Sanitation, dispensaries and jails vaccination Rajputana 1922-1927 - 1922-1927
Year: 1922
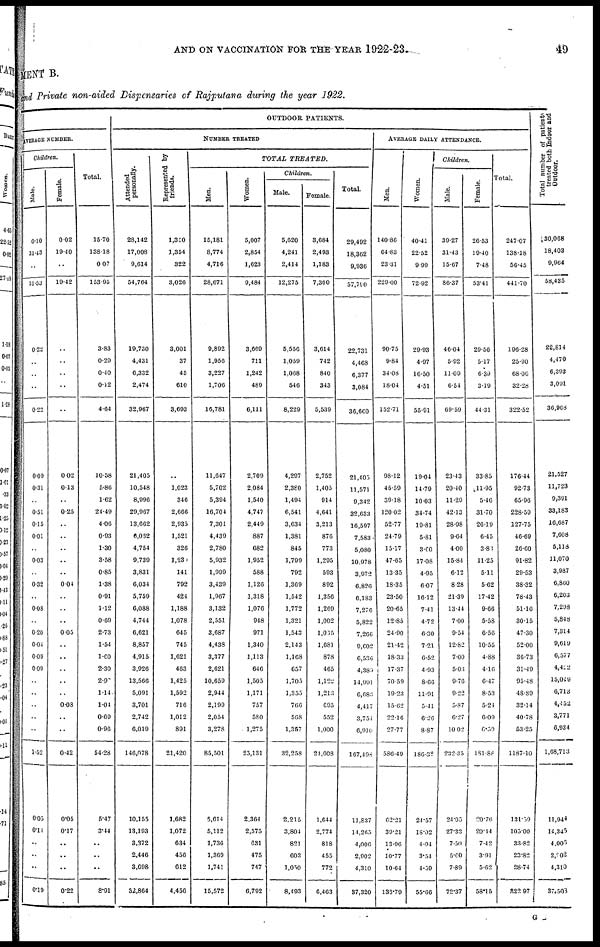
AND ON VACCINATION FOR THE YEAR 1922-23.
49
MENT B.
and Private non-aided Dispensaries of Rajputana during the year 1922.
OUTDOOR PATIENTS.
AVERAGE NUMBER.
Children.
Male.
0.10
31.43
..
31.53
0.22
..
..
..
0.22
0.09
0.31
..
0.51
0.15
0.01
..
0.03
..
0.32
..
0.08
..
0.20
0.04
0.09
0.09
..
..
..
..
..
1.52
0.05
0.11
..
..
..
0.19
Female.
0.02
19.40
..
19.42
..
..
..
..
..
0.02
0.13
..
0.25
..
..
..
..
..
0.04
..
..
..
0.05
..
..
..
..
..
0.03
..
..
0.42
0.05
0.17
..
..
..
0.22
Total.
15.70
138.18
0.07
153.95
3.83
0.29
0.40
0.12
4.04
10.58
5.86
1.62
24.49
4.06
0.93
1.30
3.58
0.85
1.38
0.91
1.12
0.09
2.73
1.54
1.60
2.30
2.90
1.14
1.04
0.69
0.96
54.28
5.47
3.44
..
..
..
8.91
NUMBER TREATED
Attended
personally.
28,142
17,008
9,614
54,764
19,730
4,431
6,332
2,474
32,967
21,405
10,548
8,996
29,967
13,662
6,062
4,754
9,739
3,831
6,034
5,759
6,088
4,744
6,621
8,857
4,915
3,926
13,566
5,091
3,701
2,742
6,019
146,078
10,155
13,193
3,372
2,446
3,698
32,864
Represented by
friends.
l,350
1,354
322
3,026
3,001
37
45
610
3,693
..
1,023
346
2,666
2,935
1,521
326
1,230
141
792
424
1,188
1,078
645
745
1,621
463
1,425
1,592
716
1,012
891
21,420
1,682
1,072
634
456
612
4,456
TOTAL
TREATED.
Men.
15,181
8,774
4,716
28,671
9,892
1,956
3,227
1,706
16,781
11,647
5,702
5,394
16,704
7,301
4,439
2,780
5,932
1,999
3,439
1,967
3,132
2,551
3,687
4,438
3,377
2,621
10,659
2,944
2,199
2,054
3,278
85,501
5,614
5,112
1,736
1,369
1,741
15,572
Women.
5,007
2,854
1,623
9,484
3,669
711
1,242
489
6,111
2,709
2,084
1,540
4,747
2,449
887
682
1,952
588
1,126
1,318
1,076
948
971
1,340
1,113
646
1,505
1,171
757
580
1,275
25,131
2,364
2,575
631
475
747
6,792
Children.
Male.
5,620
4,241
2,414
12,275
5,556
1,059
1,068
546
8,229
4,297
2,380
1,494
6,541
3,634
1,381
845
1,799
792
1,369
1,542
1,772
1,321
1,543
2,143
1,168
657
1,705
1,355
766
568
1,357
32,258
2,215
3,804
821
603
1,050
8,493
Female.
3,684
2,493
1,183
7,360
3,614
742
840
343
5,539
2,752
1,405
914
4,641
3,213
876
773
1,295
593
892
1,356
1,269
1,002
1,035
1,681
878
465
1,122
1,213
695
552
1,000
21,608
1,644
2,774
818
455
772
6,463
Total.
29,492
18,362
9,936
57,790
22,731
4,468
6,377
3,084
36,660
21,405
11,571
9,342
32,633
16,597
7,583
5,080
10,978
3,972
6,826
6,183
7,276
5,822
7,266
9,002
6,536
4,389
14,991
6,683
4,417
3,754
6,910
167,498
11,837
14,265
4,006
2,902
4,310
37,320
AVERAGE DAILY ATTENDANCE.
Men.
140.86
64.83
23.31
229.00
90.75
9.84
34.08
18.04
152.71
98.12
45.59
39.18
120.02
52.77
24.79
15.17
47.65
13.35
18.35
23.50
20.65
12.85
24.90
21.42
18.33
17.37
70.59
19.23
15.62
22.16
27.77
586.49
62.21
39.21
13.96
10.77
10.64
136.79
Women.
40.41
22.52
9.99
72.92
29.93
4.97
10.50
4.51
55.91
19.04
14.79
10.03
34.74
19.81
5.81
3.00
17.08
4.95
6.07
16.12
7.41
4.72
6.30
7.21
6.52
4.93
8.66
11.91
5.41
6.26
8.87
186.38
24.57
18.02
4.94
3.54
4.59
55.66
Children.
Male.
39.27
31.43
15.67
86.37
46.04
5.92
11.09
6.54
69.59
23.43
20.40
11.29
42.13
28.98
9.64
4.00
15.84
6.12
8.28
21.39
13.44
7.00
9.54
12.82
7.00
5.03
9.76
9.22
5.87
6.27
10.02
232.35
24.05
27.33
7.50
5.60
7.89
72.37
Female.
26.53
19.40
7.48
53.41
29.56
5.17
6.39
3.19
44.31
33.85
11.95
5.46
31.70
26.19
6.45
3.83
11.25
5.11
5.62
17.42
9.66
5.58
6.56
10.55
4.88
4.16
6.47
8.53
5.24
6.09
6.59
181.88
20.76
20.44
7.42
3.91
5.62
58.15
Total.
247.07
138.18
56.45
441.70
196.28
25.90
68.06
32.23
322.52
176.44
92.73
65.96
228.59
127.75
46.69
26.60
91.82
29.53
38.32
78.43
51.16
30.15
47.30
52.00
36.73
31.49
95.48
48.89
32.14
40.78
53.25
1187.10
131.59
105.00
33.82
23.82
28.74
322.97
Total number of patients
treated both Indoor and
Outdoor.
30,068
18,403
9,964
58,435
22,814
4,470
6,393
3,091
36,968
21,527
11,723
9,391
33,183
16,687
7,608
5,118
11,070
3,987
6,860
6,203
7,298
5,848
7,314
9,619
6,577
4,422
15,049
6,713
4,452
3,771
6,934
1,68,713
11,944
14,345
4,006
2,902
4,310
37,503
G 2